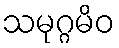
သမုဂ္ဂမိဝ